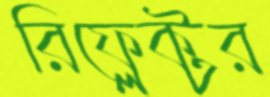
রিফ্লেক্টর